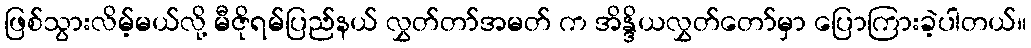
ဖြစ်သွားလိမ့်မယ်လို့ မီဇိုရမ်ပြည်နယ် လွှတ်တာ်အမတ် က အိန္ဒိယလွှတ်တော်မှာ ပြောကြားခဲ့ပါတယ်။